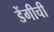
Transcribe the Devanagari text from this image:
डेंगीची